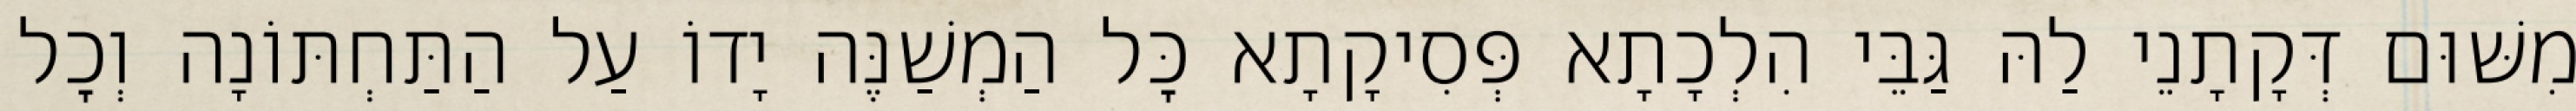
מִשּׁוּם דְּקָתָנֵי לַהּ גַּבֵּי הִלְכָתָא פְּסִיקָתָא כׇּל הַמְשַׁנֶּה יָדוֹ עַל הַתַּחְתּוֹנָה וְכׇל